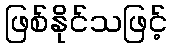
ဖြစ်နိုင်သဖြင့်